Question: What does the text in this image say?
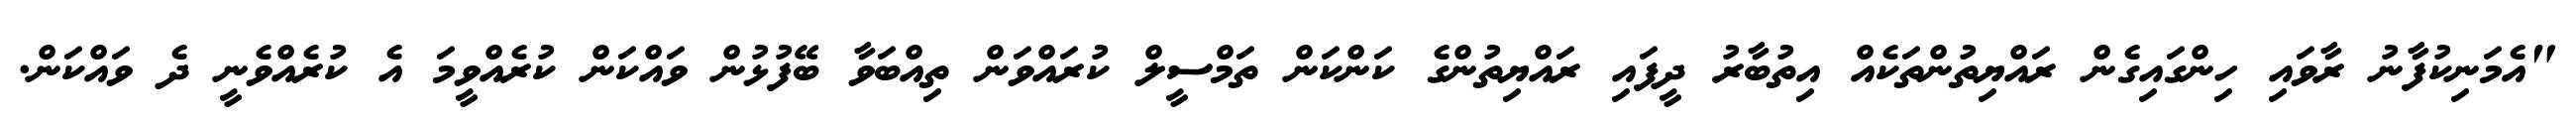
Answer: "އެމަނިކުފާނު ރާވައި ހިންގައިގެން ރައްޔިތުންތަކެއް އިތުބާރު ދީފައި ރައްޔިތުންގެ ކަންކަން ތަމްސީލް ކުރައްވަން ތިއްބަވާ ބޭފުޅުން ވައްކަން ކުރެއްވީމަ އެ ކުރެއްވެނީ ދެ ވައްކަން.